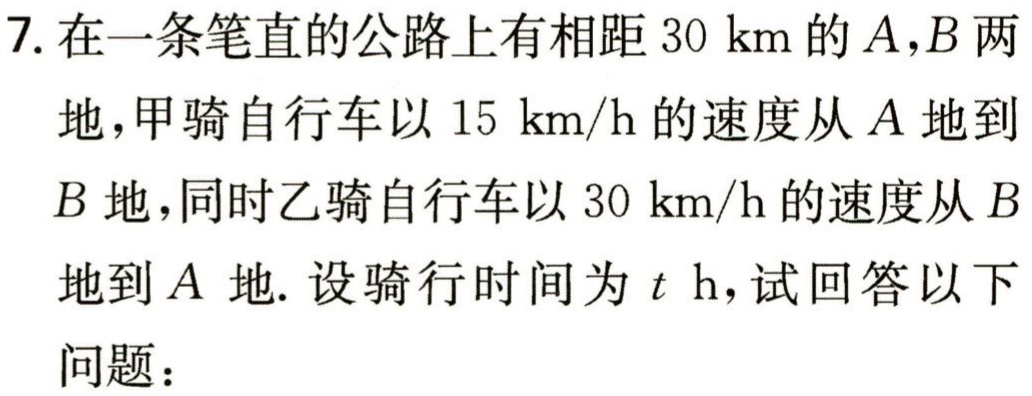
7. 在一条笔直的公路上有相距 \(30\mathrm{\ km}\) 的 \(A,B\) 两地，甲骑自行车以 \(15\mathrm{\ km/h}\) 的速度从 \(A\) 地到 \(B\) 地，同时乙骑自行车以 \(30\mathrm{\ km/h}\) 的速度从 \(B\) 地到 \(A\) 地. 设骑行时间为 \(t\mathrm{\ h}\)，试回答以下问题：